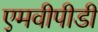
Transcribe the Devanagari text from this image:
एमवीपीडी